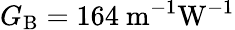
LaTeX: G_{\mathrm{B}}=164~\mathrm{{m^{-1}W^{-1}}}